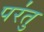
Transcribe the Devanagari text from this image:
पर॑तु